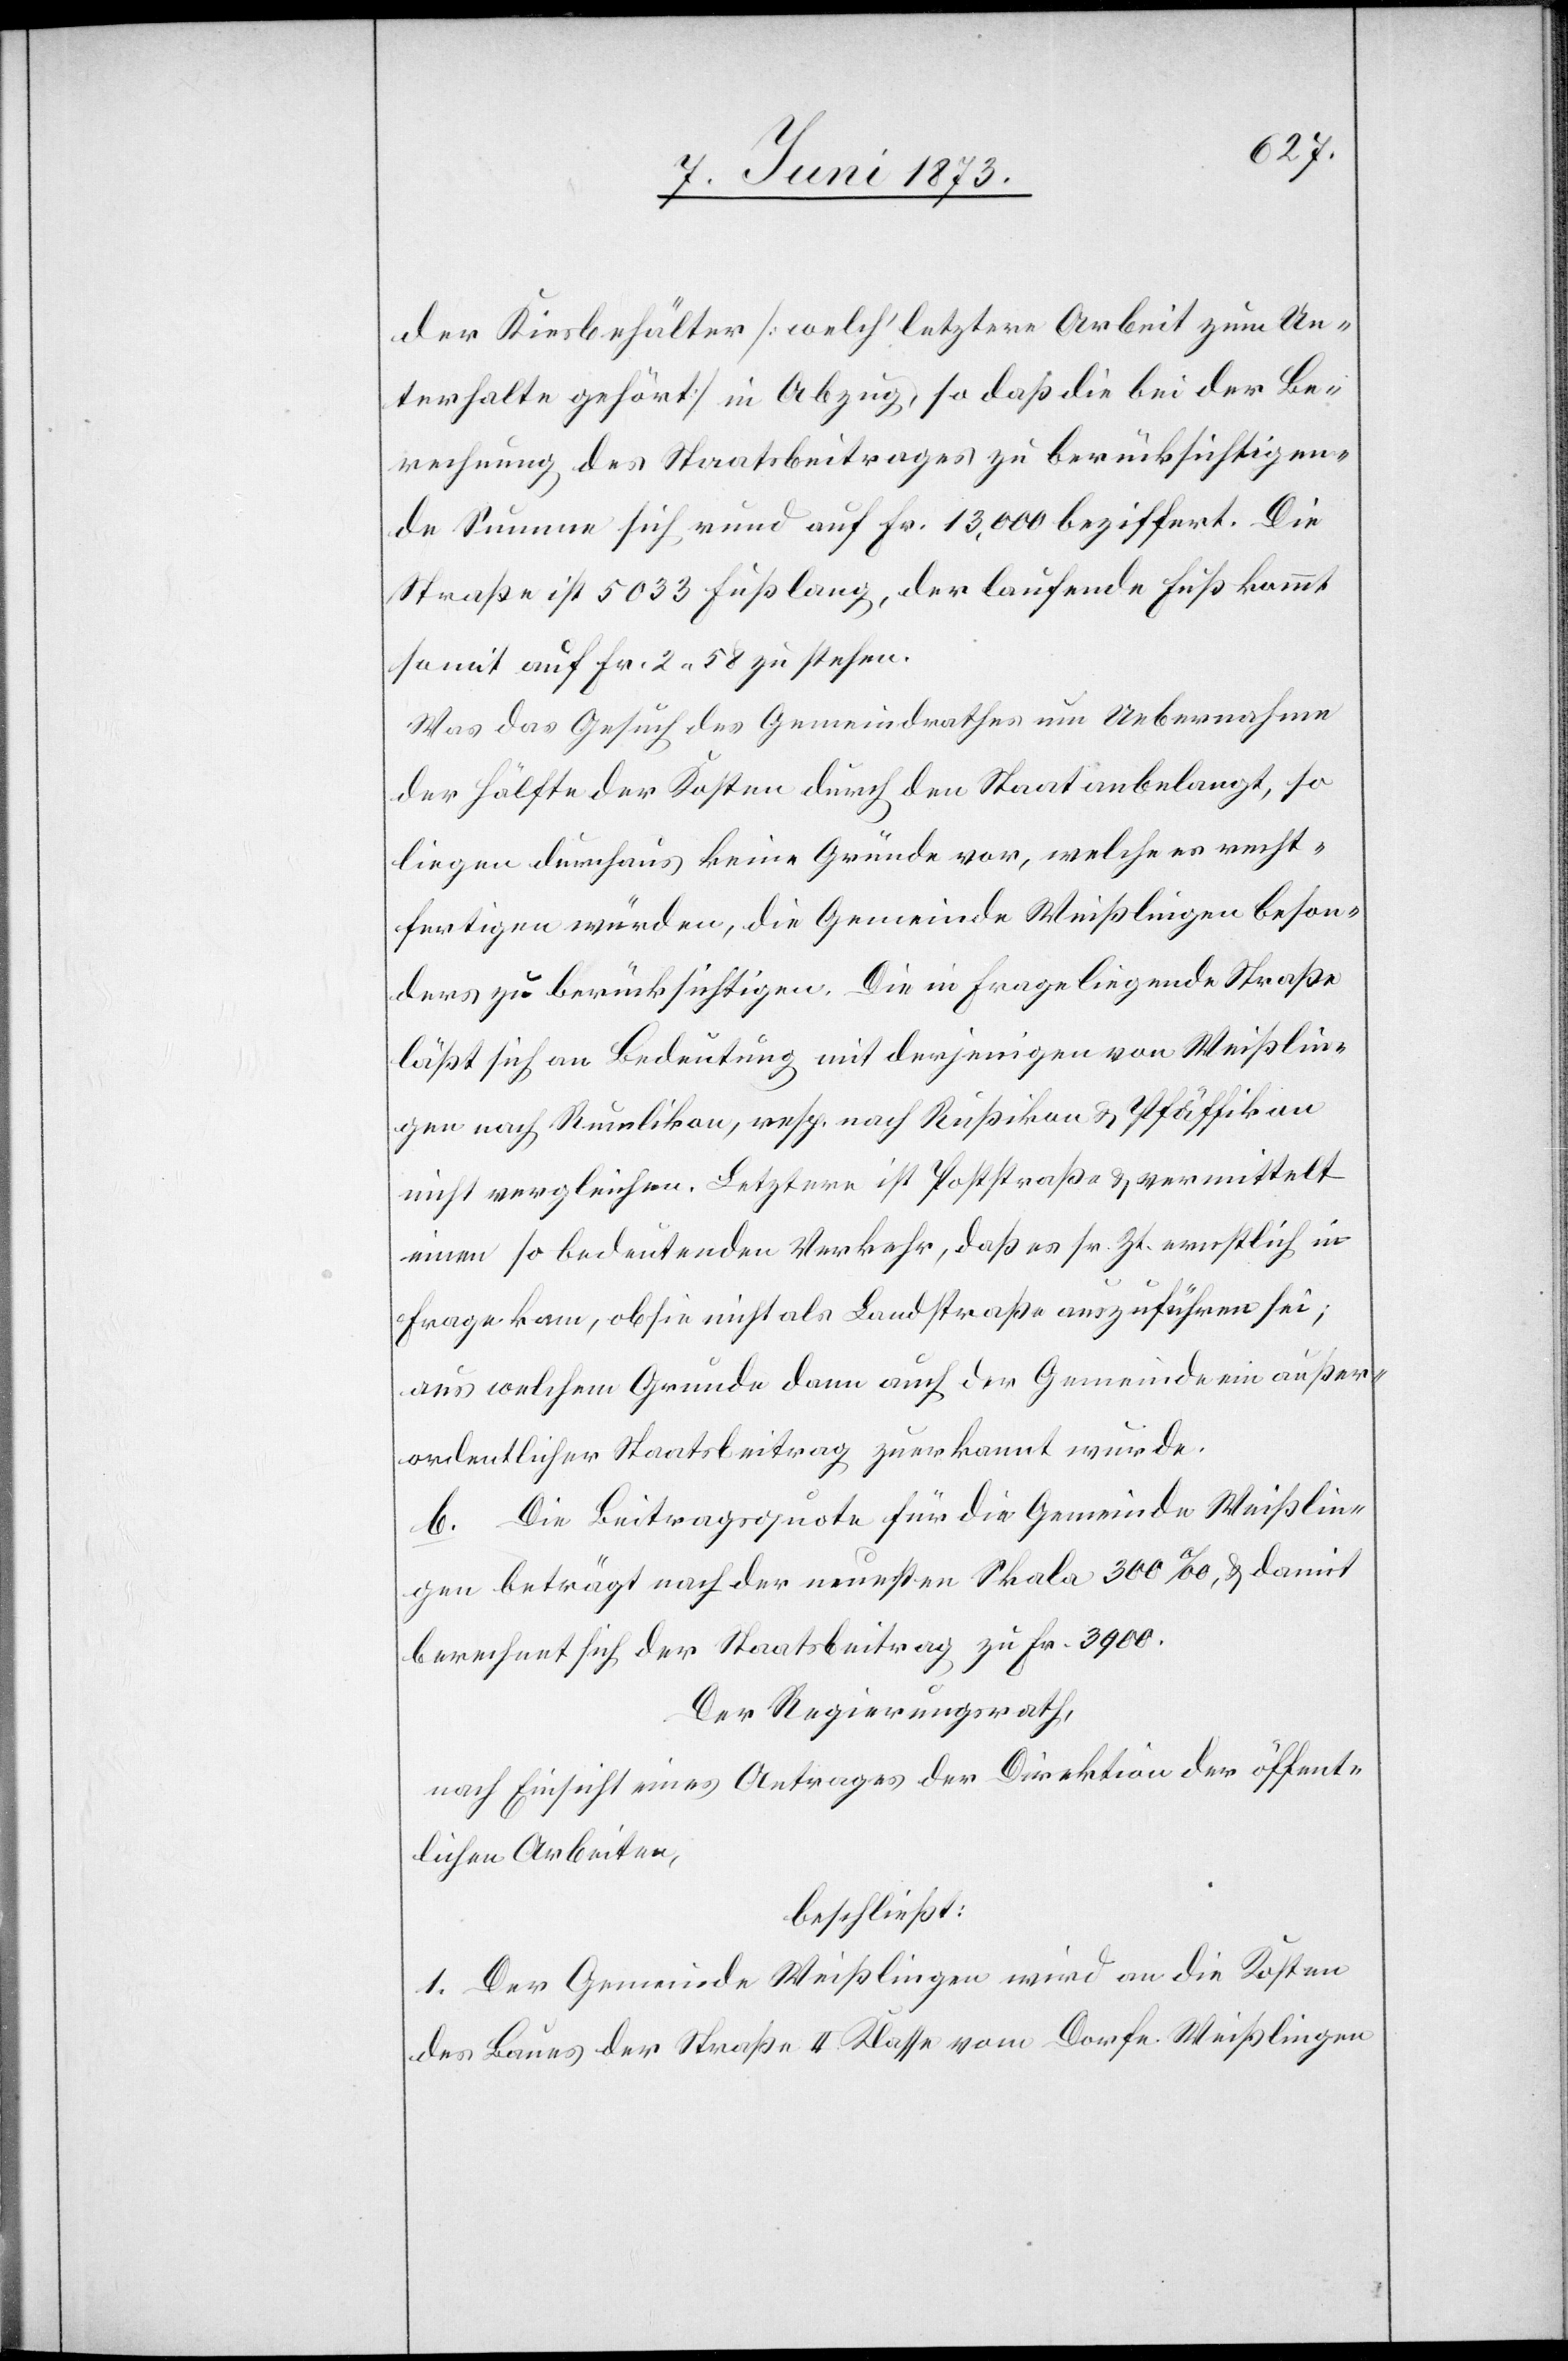
der Kiesbehälter [welch’ letztere Arbeit zum Un¬
terhalte gehört] in Abzug, so daß die bei der Be¬
rechnung des Staatsbeitrages zu berücksichtigen¬
de Summen sich rund auf Fr. 13,000 beziffert. Die
Straße ist 5 033 Fuß lang, der laufende Fuß kommt
somit auf Fr. 2 58 zu stehen.
Was das Gesuch des Gemeindrathes um Uebernahme
der Hälfte der Kosten durch den Staat anbelangt, so
liegen durchaus keine Gründe vor, welche es recht¬
fertigen würden, die Gemeinde Weißlingen beson¬
ders zu berücksichtigen. Die in Frage liegende Straße
läßt sich an Bedeutung mit derjenigen von Weißlin¬
gen nach Rumlikon, resp. nach Rußikon & Pfäffikon
nicht vergleichen. Letztere ist Poststraße & vermittelt
einen so bedeutenden Verkehr, daß es sr. Zt. ernstlich in
Frage kam, ob sie nicht als Landstraße auszuführen sei;
aus welchem Grunde dann auch der Gemeinde ein außer¬
ordentlicher Staatsbeitrag zuerkannt wurde.
b. Die Beitragsquote für die Gemeinde Weißlin¬
gen beträgt nach der neuesten Skala 300‰, & damit
berechnet sich der Staatsbeitrag zu Fr. 3 900.
Der Regierungsrath,
nach Einsicht eines Antrages der Direktion der öffent¬
lichen Arbeiten,
beschließt:
1. Der Gemeinde Weißlingen wird an die Kosten
des Baues der Straße II. Klasse vom Dorfe Weißlingen